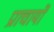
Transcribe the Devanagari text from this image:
प्राचार्यों